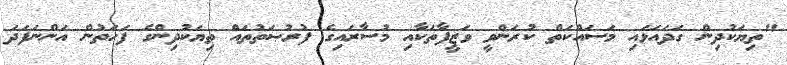
"ތިޔަކުދިން ގަދައަޅައި މަސައްކަތް ކުރަންވީ ވަޒީފާތަކާއި މުސާރައިގެ ފުރުޞަތުތައް ތިޔަކުދިންގެ ފަހަތުން އަންނަފަދަ